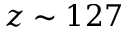
z \sim 1 2 7